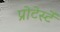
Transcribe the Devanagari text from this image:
प्रोटेस्टें